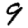
Digit: 9